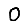
Digit: 0